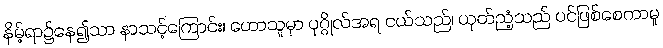
နိမ့်ရာ၌နေ၍သာ နာသင့်ကြောင်း၊ ဟောသူမှာ ပုဂ္ဂိုလ်အရ ငယ်သည်၊ ယုတ်ညံ့သည် ပင်ဖြစ်စေကာမူ